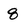
Character: 8